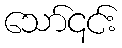
သော်၎င်း